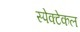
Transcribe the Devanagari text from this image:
स्पेक्टेकल